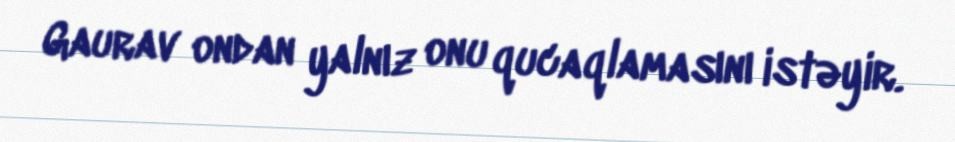
Gaurav ondan yalnız onu qucaqlamasını istəyir.